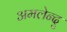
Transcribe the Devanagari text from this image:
अमलेन्दु